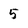
Character: 5